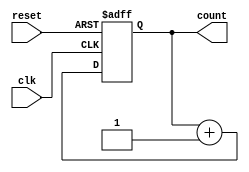
module UpCounterMoore #(
    parameter N = 4  // Number of bits in the counter (can be changed as needed)
) (
    input wire clk,          // Clock input
    input wire reset,        // Asynchronous reset
    output reg [N-1:0] count // N-bit output representing the current count
);

    // Always block to describe the state transition and output logic
    always @(posedge clk or posedge reset) begin
        if (reset) begin
            count <= 0;    // If reset is asserted, set count to 0
        end else begin
            count <= count + 1; // Increment count by 1 on the clock edge
        end
    end

endmodule